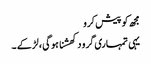
مجھ کو پیش کرو
یہی تمہاری گرو دکھشنا ہو گی ، لڑکے ۔